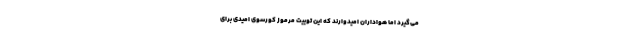
می‌گیرد اما هواداران امیدوارند که این توییت مرموز کورسوی امیدی برای